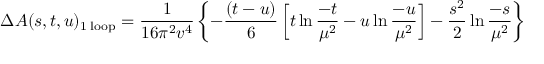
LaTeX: \Delta A ( s , t , u ) _ { \mathrm { 1 \; l o o p } } = \frac { 1 } { 1 6 \pi ^ { 2 } v ^ { 4 } } \left\{ - \frac { ( t - u ) } { 6 } \left[ t \ln \frac { - t } { \mu ^ { 2 } } - u \ln \frac { - u } { \mu ^ { 2 } } \right] - \frac { s ^ { 2 } } { 2 } \ln \frac { - s } { \mu ^ { 2 } } \right\}